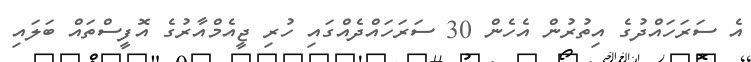
އެ ސަރަހައްދުގެ އިތުރުން އެހެން 30 ސަރަހައްދެއްގައި ހުރި ޖީއެމްއާރުގެ އޮފީސްތައް ބަލައި